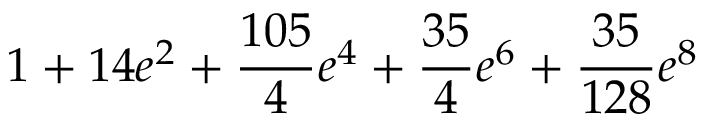
1 + 1 4 e ^ { 2 } + \frac { 1 0 5 } { 4 } e ^ { 4 } + \frac { 3 5 } { 4 } e ^ { 6 } + \frac { 3 5 } { 1 2 8 } e ^ { 8 }